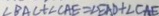
\angle B A C + \angle C A E = \angle E A D + \angle C A E